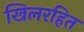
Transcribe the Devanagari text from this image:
खिलरहित